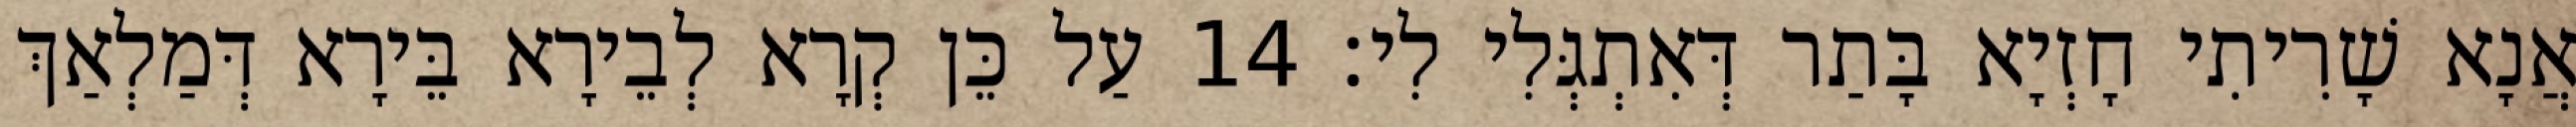
אֲנָא שָׁרִיתִי חָזְיָא בָּתַר דְּאִתְגְּלִי לִי׃ 14 עַל כֵּן קְרָא לְבֵירָא בֵּירָא דְּמַלְאַךְ